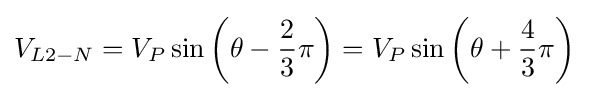
V_{L2-N}=V_{P}\sin \left(\theta -{\frac {2}{3}}\pi \right)=V_{P}\sin \left(\theta +{\frac {4}{3}}\pi \right)